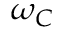
\omega _ { C }